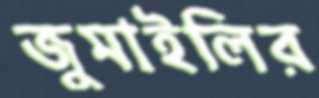
জুমাইলির